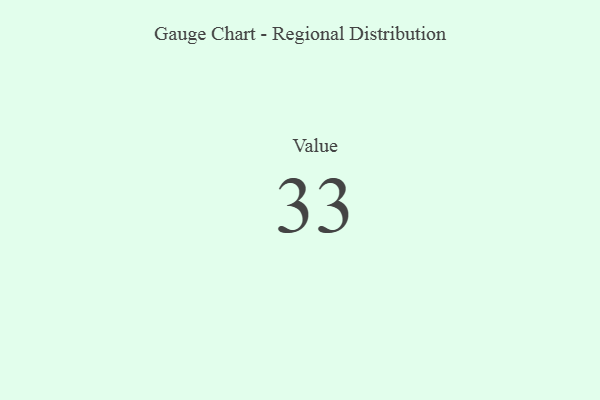
{"axis": {"x": "Metric", "y": "Value"}, "legend": [""], "data": [{"x": "Value", "y": 33, "type": ""}]}